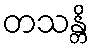
တသန္တိ